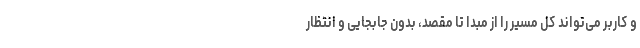
و کاربر می‌تواند کل مسیر را از مبدا تا مقصد، بدون جابجایی و انتظار